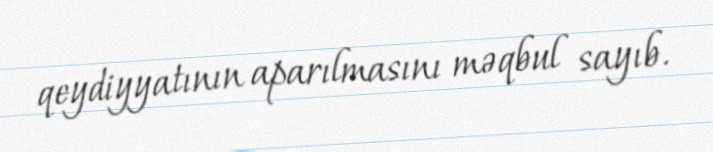
qeydiyyatının aparılmasını məqbul sayıb.